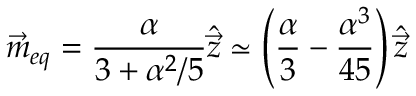
\vec { m } _ { e q } = \frac { \alpha } { 3 + \alpha ^ { 2 } / 5 } \hat { \vec { z } } \simeq \left( \frac { \alpha } { 3 } - \frac { \alpha ^ { 3 } } { 4 5 } \right) \hat { \vec { z } }